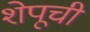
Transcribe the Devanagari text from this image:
शेपूची